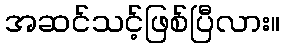
အဆင်သင့်ဖြစ်ပြီလား။